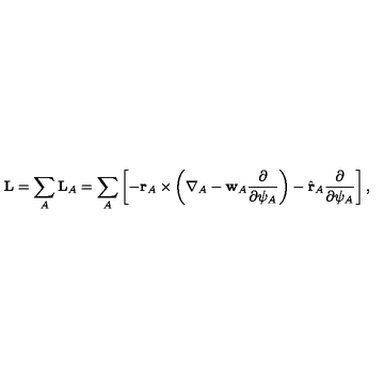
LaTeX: { \bf L } = \sum _ { A } { \bf L } _ { A } = \sum _ { A } \left[ - { \bf r } _ { A } \times \left( { \bf \nabla } _ { A } - { \bf w } _ { A } \frac { \partial } { \partial \psi _ { A } } \right) - \hat { \bf r } _ { A } \frac { \partial } { \partial \psi _ { A } } \right] ,